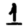
Digit: 1